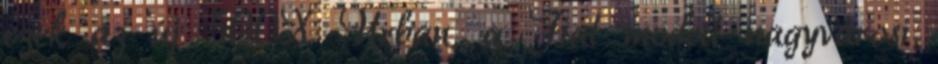
ezek az új 500X Urban, a Fiat modell nagyvárosi